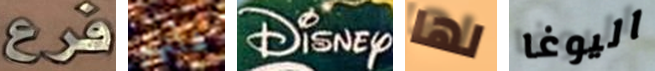
فرع شأنهم DiSNEy لها اليوغا